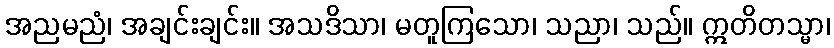
အညမညံ၊ အချင်းချင်း။ အသဒိသာ၊ မတူကြသော၊ သညာ၊ သည်။ ဣတိတသ္မာ၊